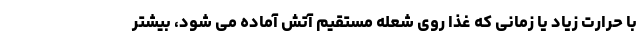
با حرارت زیاد یا زمانی که غذا روی شعله مستقیم آتش آماده می شود، بیشتر